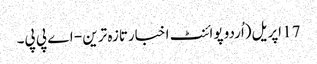
17 اپریل(اُردو پوائنٹ اخبارتازہ ترین - اے پی پی۔